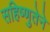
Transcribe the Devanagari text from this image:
सहिष्णुतेने